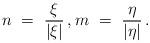
LaTeX: \begin{align*}n\ =\ \frac\xi{|\xi|}\,, m\ =\ \frac\eta{|\eta|}\,.\end{align*}